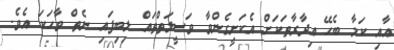
އާއި ކަމާ ބެހޭ އިދާރާތަކަށް އެކަށީގެންވާ ވަސީލަތްތައް ލިބިފައި ނެތް ވާހަކަ އެވެ.